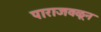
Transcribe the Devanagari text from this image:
पाराजवळून